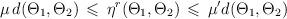
LaTeX: \begin{align*}\begin{aligned}\mu \, d(\Theta_1,\Theta_2) \, \leqslant\,\eta^r(\Theta_1,\Theta_2) \, \leqslant \, \mu'd(\Theta_1,\Theta_2)\end{aligned}\end{align*}